Investigations into the jail dietaries of the United Provinces with some observations on the influence of dietary on the physical development and well-being of the people of the United Provinces - Number 48
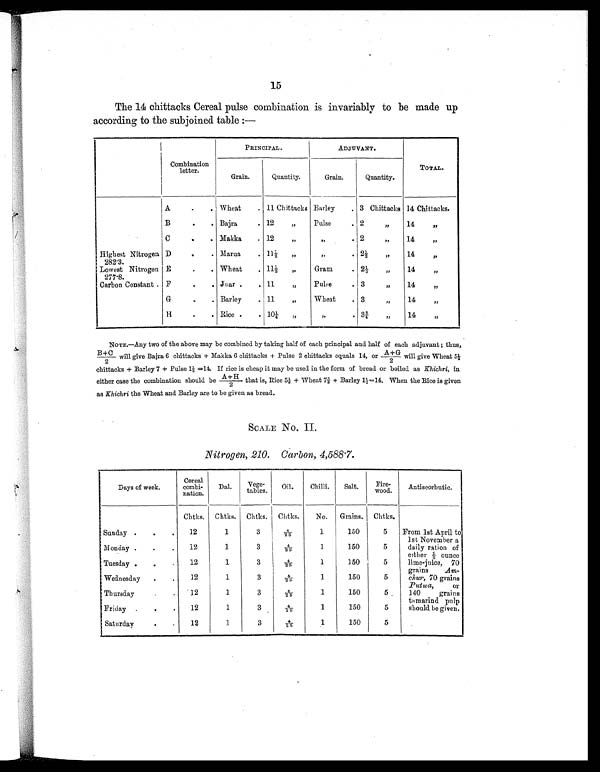
15
The 14 chittacks Cereal pulse combination is invariably to be made up
according to the subjoined table :—
Combination
letter.
PRINCIPAL.
ADJUVANT.
Grain.
Quantity.
Grain.
Quantity.
TOTAL.
A
.
. Wheat
. 11 Chittacks Barley
. 3 Chittacks 14 Chittacks.
B
.
. Bajra
. 12 „
Pulse
. 2 „
14 „
C
.
. Makka
. 12 „
„
. 2 „
14 „
Highest Nitrogen
282.3.
D
.
. Marua
. 11½ „
„
. 2½ „
14 „
Lowest Nitrogen
277.8.
E
.
. Wheat
. 11½ „
Gram
. 2½ „
14 „
Carbon Constant . F
.
. Juar .
. 11 „
Pulse
. 3 „
14 „
G
.
. Barley
. 11 „
Wheat
. 3 ”
14 „
H
.
. Rice .
. 10¼ „
„
. 3¾ „
14 „
NOTE.—Any two of the above may be combined by taking half of each principal and half of each adjuvant ; thus,
B+C/2 will give Bajra 6 chittacks + Makka 6 chittacks + Pulse 2 chittacks equals 14, or A+G/2 will give Wheat 5
½ chittacks + Barley 7 + Pulse l½ =14. If rice is cheap it may be used in the form of bread or boiled as Khichri, in
either case the combination should be A+H/2 that is, Rice 5 ⅛ + Wheat 7⅜ + Barley 1½=14. When the Rice is given
as Khichri the Wheat and Barley are to be given as bread.
SCALE No. II.
Nitrogen, 210. Carbon, 4,588.7.
Days of week.
Cereal
combi-
nation.
Dal.
Vege-
tables.
Oil.
Chilli.
Salt.
Fire-
wood.
Antiscorbutic.
Chtks. Chtks. Chtks. Chtks.
No. Grains. Chtks.
Sunday .
.
.
12
1
3
4 / 2 5
1
150
5
From 1st April to
1st November a
daily ration of
either ½ ounce
lime-juice, 70
grains
Am-
chur, 70 grains
Putwa,
or
140 grains
tamarind pulp
should be given.
Monday .
.
.
12
1
3
4 / 2 5
1
150
5
Tuesday .
.
.
12
1
3
4 / 2 5
1
150
5
Wednesday
.
.
12
1
3
4 / 2 5
1
150
5
Thursday
.
.
12
1
3
4 / 2 5
1
150
5
Friday .
.
.
12
1
3
4 / 2 5
1
150
5
Saturday
.
.
12
1
3
4 / 2 5
1
150
5